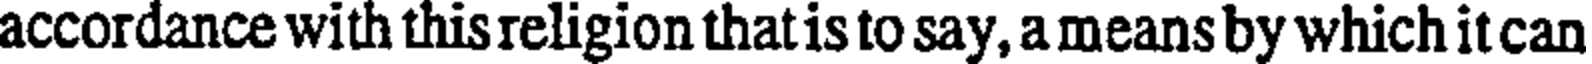
accordance with this religion that is to say, a means by which it can